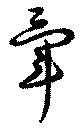
暈